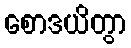
စောဒယိတွာ